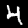
Digit: 4